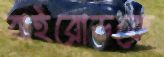
বাইরোডকে